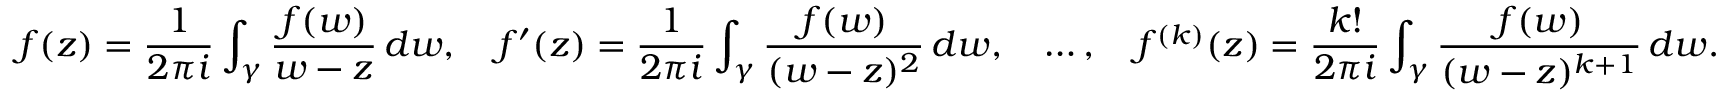
f ( z ) = { \frac { 1 } { 2 \pi i } } \int _ { \gamma } { \frac { f ( w ) } { w - z } } \, d w , \quad f ^ { \prime } ( z ) = { \frac { 1 } { 2 \pi i } } \int _ { \gamma } { \frac { f ( w ) } { ( w - z ) ^ { 2 } } } \, d w , \quad \ldots , \quad f ^ { ( k ) } ( z ) = { \frac { k ! } { 2 \pi i } } \int _ { \gamma } { \frac { f ( w ) } { ( w - z ) ^ { k + 1 } } } \, d w .